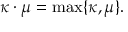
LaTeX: \kappa \cdot \mu = \operatorname* { m a x } \{ \kappa , \mu \} .